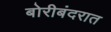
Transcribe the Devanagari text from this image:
बोरीबंदरात